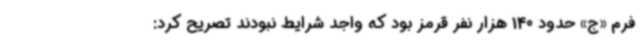
فرم «ج» حدود 140 هزار نفر قرمز بود که واجد شرایط نبودند تصریح کرد: